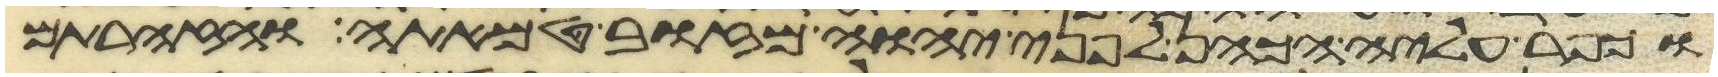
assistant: וכפר עליה הכהן לפני יהוה מזוב טמאתה והזהרתם